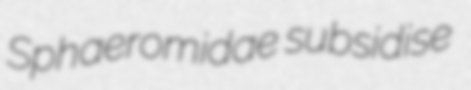
Sphaeromidae subsidise